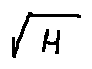
\sqrt { H }